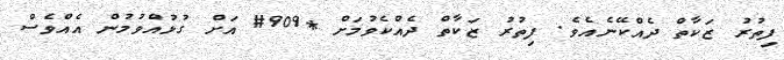
ފިތުރު ޒަކާތް ދެއްކޭނެއެވެ. ފިތުރު ޒަކާތް ދެއްކެވުމަށް *909# އަށް ގުޅުއްވުމުން އެއްވެސް